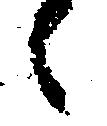
々